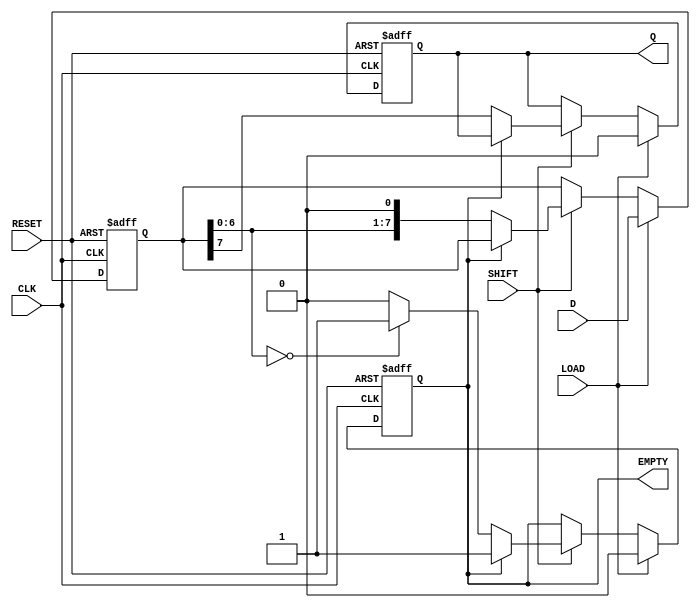
module PISO_Register #(
    parameter n = 8  // Parameter to define the width of the register
)(
    input wire [n-1:0] D,        // Parallel data input
    input wire LOAD,              // Load signal
    input wire CLK,               // Clock signal
    input wire SHIFT,             // Shift signal
    input wire RESET,             // Asynchronous reset signal
    output reg Q,                 // Serial output
    output reg EMPTY              // Empty signal
);

    reg [n-1:0] SR;               // Shift register

    always @(posedge CLK or posedge RESET) begin
        if (RESET) begin
            SR <= {n{1'b0}};       // Clear the shift register
            Q <= 1'b0;            // Clear serial output
            EMPTY <= 1'b1;        // Register is empty
        end else begin
            if (LOAD) begin
                SR <= D;          // Load parallel data into shift register
                Q <= 1'b0;        // Reset serial output
                EMPTY <= 1'b0;    // Register is not empty after loading
            end else if (SHIFT) begin
                if (~EMPTY) begin
                    Q <= SR[n-1];  // Output the MSB (or LSB based on design)
                    SR <= {SR[n-2:0], 1'b0}; // Shift left
                    if (SR[n-2:0] == 0) begin
                        EMPTY <= 1'b1; // Check if the register is now empty
                    end
                end
            end
        end
    end

endmodule